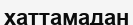
хаттамадан